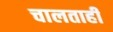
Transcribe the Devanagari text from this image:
चालताही